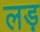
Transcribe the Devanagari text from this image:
लड़़